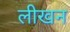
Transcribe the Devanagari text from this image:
लीखन